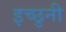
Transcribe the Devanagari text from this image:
इच्छुनी